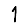
Digit: 1